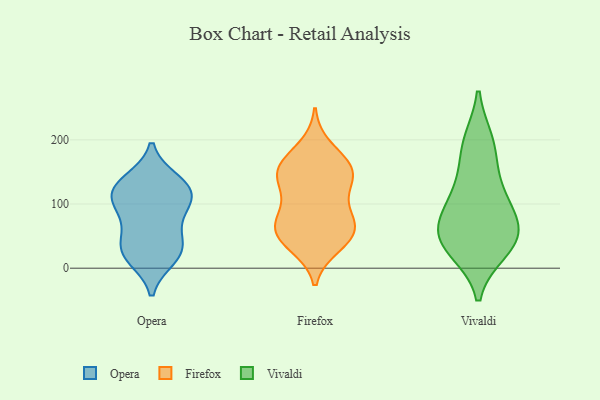
{"axis": {"x": "Market Share (%)", "y": "Value"}, "legend": ["Firefox", "Opera", "Vivaldi"], "data": [{"x": "", "y": 112, "type": "Opera"}, {"x": "", "y": 116, "type": "Opera"}, {"x": "", "y": 73, "type": "Opera"}, {"x": "", "y": 135, "type": "Opera"}, {"x": "", "y": 30, "type": "Opera"}, {"x": "", "y": 118, "type": "Opera"}, {"x": "", "y": 17, "type": "Opera"}, {"x": "", "y": 89, "type": "Opera"}, {"x": "", "y": 26, "type": "Opera"}, {"x": "", "y": 35, "type": "Opera"}, {"x": "", "y": 128, "type": "Opera"}, {"x": "", "y": 61, "type": "Firefox"}, {"x": "", "y": 188, "type": "Firefox"}, {"x": "", "y": 156, "type": "Firefox"}, {"x": "", "y": 63, "type": "Firefox"}, {"x": "", "y": 82, "type": "Firefox"}, {"x": "", "y": 159, "type": "Firefox"}, {"x": "", "y": 116, "type": "Firefox"}, {"x": "", "y": 39, "type": "Firefox"}, {"x": "", "y": 35, "type": "Firefox"}, {"x": "", "y": 84, "type": "Firefox"}, {"x": "", "y": 128, "type": "Firefox"}, {"x": "", "y": 59, "type": "Firefox"}, {"x": "", "y": 153, "type": "Firefox"}, {"x": "", "y": 152, "type": "Firefox"}, {"x": "", "y": 147, "type": "Firefox"}, {"x": "", "y": 54, "type": "Firefox"}, {"x": "", "y": 53, "type": "Vivaldi"}, {"x": "", "y": 129, "type": "Vivaldi"}, {"x": "", "y": 195, "type": "Vivaldi"}, {"x": "", "y": 30, "type": "Vivaldi"}, {"x": "", "y": 187, "type": "Vivaldi"}, {"x": "", "y": 106, "type": "Vivaldi"}, {"x": "", "y": 47, "type": "Vivaldi"}, {"x": "", "y": 90, "type": "Vivaldi"}, {"x": "", "y": 57, "type": "Vivaldi"}, {"x": "", "y": 41, "type": "Vivaldi"}]}